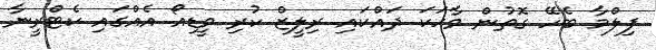
ފިލްމާ ބެހޭ ގޮތުން ވާހަކަ ދައްކައި ރިލީޒް ކުރި ވީޑިއޯ އެއްގައި ކެޓްރީނާ